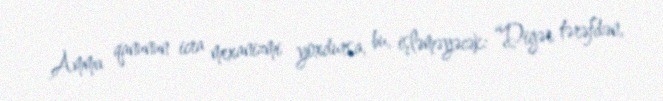
Amma qanunun icra mexanizmi yoxdursa, bu, işləməyəcək: “Digər tərəfdən,